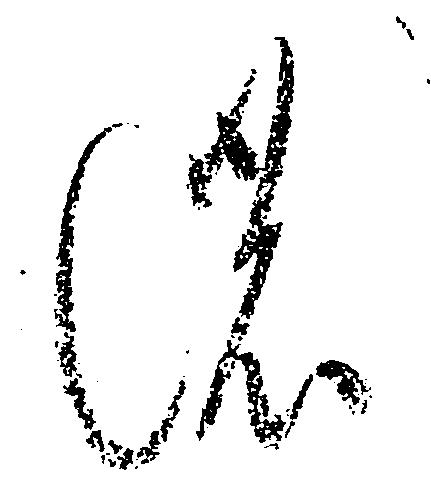
の